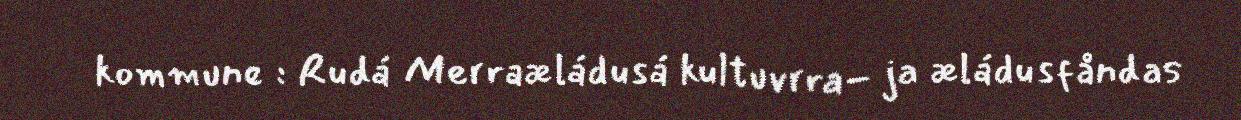
kommune : Rudá Merraæládusá kultuvrra- ja æládusfåndas